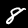
Digit: 8